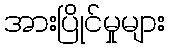
အားပြိုင်မှုများ